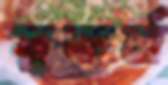
স্বকর্ম